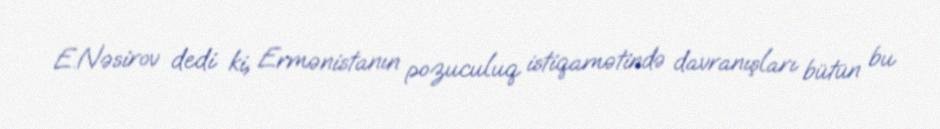
E.Nəsirov dedi ki, Ermənistanın pozuculuq istiqamətində davranışları bütün bu